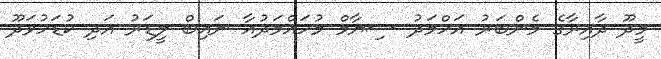
މީދޫ ދާއިރާގެ މެންބަރު އަހްމަދު ސިޔާމް މުހައްމަދުއާ ނައިބް ލީޑަރު އަދި ކުޑަހުވަދޫ